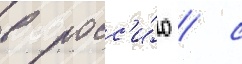
в росс'и́ю / с